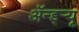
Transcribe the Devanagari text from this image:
ॲन्ड्र्‍यू